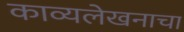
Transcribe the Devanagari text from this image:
काव्यलेखनाचा